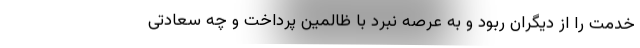
خدمت را از دیگران ربود و به عرصه نبرد با ظالمین پرداخت و چه سعادتی